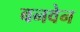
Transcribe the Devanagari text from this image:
बनवेन